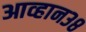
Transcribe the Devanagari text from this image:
आव्हान३८